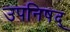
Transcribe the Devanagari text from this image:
उपनिषद्‍